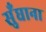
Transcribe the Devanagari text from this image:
सुँघाना